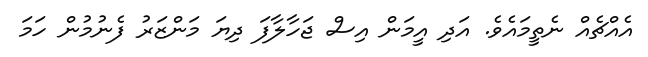
އެއްޗެއް ނެތީމައެވެ. އަދި އީމަން އިސް ޖަހާލާފަ ދިޔަ މަންޒަރު ފެނުމުން ހަމަ